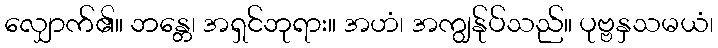
လျှောက်၏။ ဘန္တေ၊ အရှင်ဘုရား။ အဟံ၊ အကျွန်ုပ်သည်။ ပုဗ္ဗနှသမယံ၊